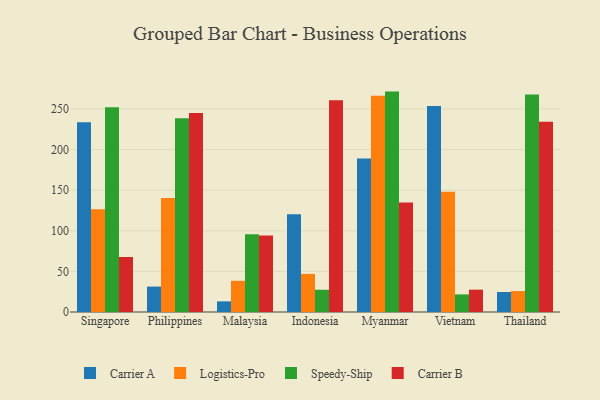
{"axis": {"x": "Country", "y": "Gross Profit (USD K)"}, "legend": ["Carrier A", "Carrier B", "Logistics-Pro", "Speedy-Ship"], "data": [{"x": "Singapore", "y": 233.7, "type": "Carrier A"}, {"x": "Singapore", "y": 126.5, "type": "Logistics-Pro"}, {"x": "Singapore", "y": 252.2, "type": "Speedy-Ship"}, {"x": "Singapore", "y": 67.7, "type": "Carrier B"}, {"x": "Philippines", "y": 31.3, "type": "Carrier A"}, {"x": "Philippines", "y": 140.5, "type": "Logistics-Pro"}, {"x": "Philippines", "y": 238.6, "type": "Speedy-Ship"}, {"x": "Philippines", "y": 244.9, "type": "Carrier B"}, {"x": "Malaysia", "y": 13.1, "type": "Carrier A"}, {"x": "Malaysia", "y": 38.4, "type": "Logistics-Pro"}, {"x": "Malaysia", "y": 95.7, "type": "Speedy-Ship"}, {"x": "Malaysia", "y": 94.1, "type": "Carrier B"}, {"x": "Indonesia", "y": 120.4, "type": "Carrier A"}, {"x": "Indonesia", "y": 46.9, "type": "Logistics-Pro"}, {"x": "Indonesia", "y": 27.4, "type": "Speedy-Ship"}, {"x": "Indonesia", "y": 260.6, "type": "Carrier B"}, {"x": "Myanmar", "y": 188.9, "type": "Carrier A"}, {"x": "Myanmar", "y": 266.3, "type": "Logistics-Pro"}, {"x": "Myanmar", "y": 271.4, "type": "Speedy-Ship"}, {"x": "Myanmar", "y": 134.9, "type": "Carrier B"}, {"x": "Vietnam", "y": 253.6, "type": "Carrier A"}, {"x": "Vietnam", "y": 148.0, "type": "Logistics-Pro"}, {"x": "Vietnam", "y": 21.7, "type": "Speedy-Ship"}, {"x": "Vietnam", "y": 27.5, "type": "Carrier B"}, {"x": "Thailand", "y": 24.6, "type": "Carrier A"}, {"x": "Thailand", "y": 25.8, "type": "Logistics-Pro"}, {"x": "Thailand", "y": 267.7, "type": "Speedy-Ship"}, {"x": "Thailand", "y": 234.3, "type": "Carrier B"}]}